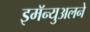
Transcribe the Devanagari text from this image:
इमॅन्युअलने